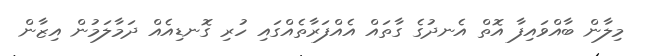
މިލާން ބާއްވައިފާ އޮތް އެނދުގެ ގާތައް އެއްފަރާތެއްގައި ހުރި ގޮނޑިއެއް ދަމާލަމުން އިޒާން